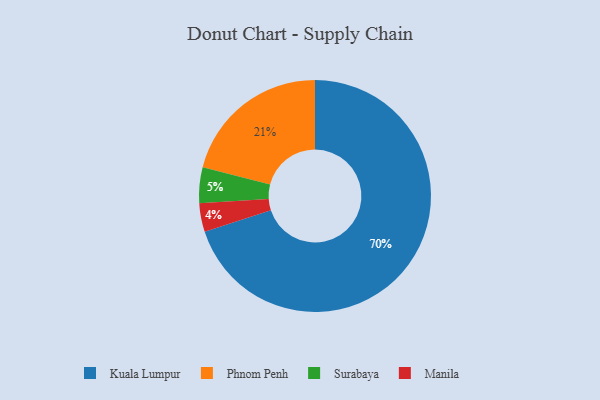
{"axis": {"x": "Category", "y": "Percentage"}, "legend": ["Kuala Lumpur", "Manila", "Phnom Penh", "Surabaya"], "data": [{"x": "Kuala Lumpur", "y": 70, "type": "Kuala Lumpur"}, {"x": "Manila", "y": 4, "type": "Manila"}, {"x": "Phnom Penh", "y": 21, "type": "Phnom Penh"}, {"x": "Surabaya", "y": 5, "type": "Surabaya"}]}